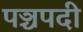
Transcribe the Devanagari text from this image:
पञ्चपदी